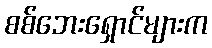
စစ်ဘေးရှောင်များက